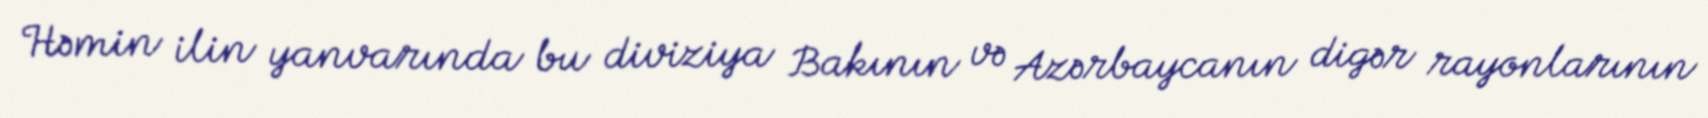
Həmin ilin yanvarında bu diviziya Bakının və Azərbaycanın digər rayonlarının